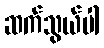
ဆက်သွယ်ပါ